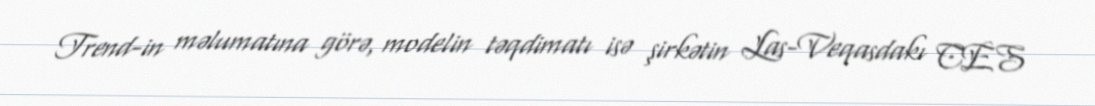
Trend-in məlumatına görə, modelin təqdimatı isə şirkətin Las-Veqasdakı CES